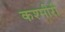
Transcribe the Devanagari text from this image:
कश्‍मीरी